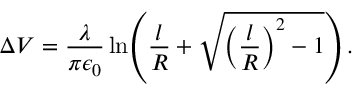
\Delta V = \frac { \lambda } { \pi \epsilon _ { 0 } } \ln \! \left( \frac { l } { R } + \sqrt { \left( \frac { l } { R } \right) ^ { 2 } - 1 } \right) .